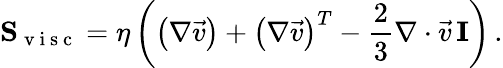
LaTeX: \mathbf{S}_{\mathrm{~v~i~s~c~}}=\eta\left(\left(\nabla\vec{v}\right)+\left(\nabla\vec{v}\right)^{T}-\frac{2}{3}\nabla\cdot\vec{v}\, \mathbf{I}\right)\, .